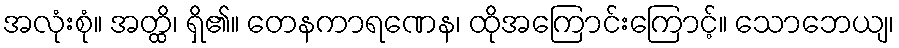
အလုံးစုံ။ အတ္ထိ၊ ရှိ၏။ တေနကာရဏေန၊ ထိုအကြောင်းကြောင့်။ သောဘေယျ၊